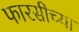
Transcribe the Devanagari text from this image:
फारसीच्या